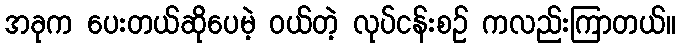
အခုက ပေးတယ်ဆိုပေမဲ့ ဝယ်တဲ့ လုပ်ငန်းစဉ် ကလည်းကြာတယ်။